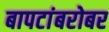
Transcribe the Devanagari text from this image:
बापटांबरोबर